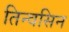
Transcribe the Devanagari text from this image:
तिन्वसिन